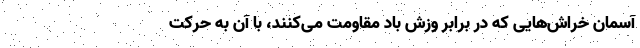
آسمان خراش‌هایی که در برابر وزش باد مقاومت می‌کنند، با آن به حرکت